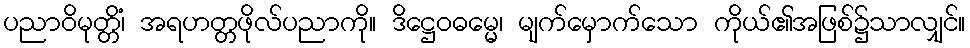
ပညာဝိမုတ္တိံ၊ အရဟတ္တဖိုလ်ပညာကို။ ဒိဋ္ဌေဝဓမ္မေ၊ မျက်မှောက်သော ကိုယ်၏အဖြစ်၌သာလျှင်။